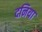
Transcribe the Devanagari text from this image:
दनिया